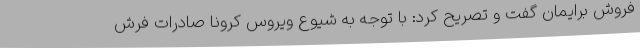
فروش برایمان گفت و تصریح کرد: با توجه به شیوع ویروس کرونا صادرات فرش